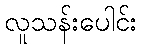
လူသန်းပေါင်း